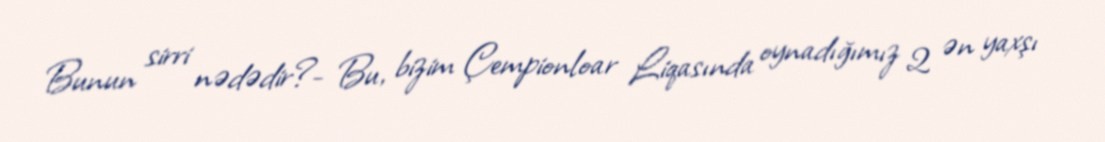
Bunun sirri nədədir?- Bu, bizim Çempionloar Liqasında oynadığımız 2 ən yaxşı